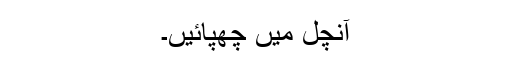
آنچل میں چھپائیں۔